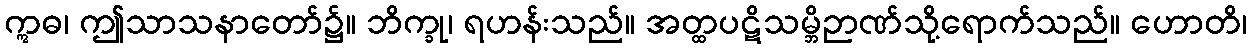
ဣဓ၊ ဤသာသနာတော်၌။ ဘိက္ခု၊ ရဟန်းသည်။ အတ္ထပဋိသမ္ဘိဉာဏ်သို့ရောက်သည်။ ဟောတိ၊